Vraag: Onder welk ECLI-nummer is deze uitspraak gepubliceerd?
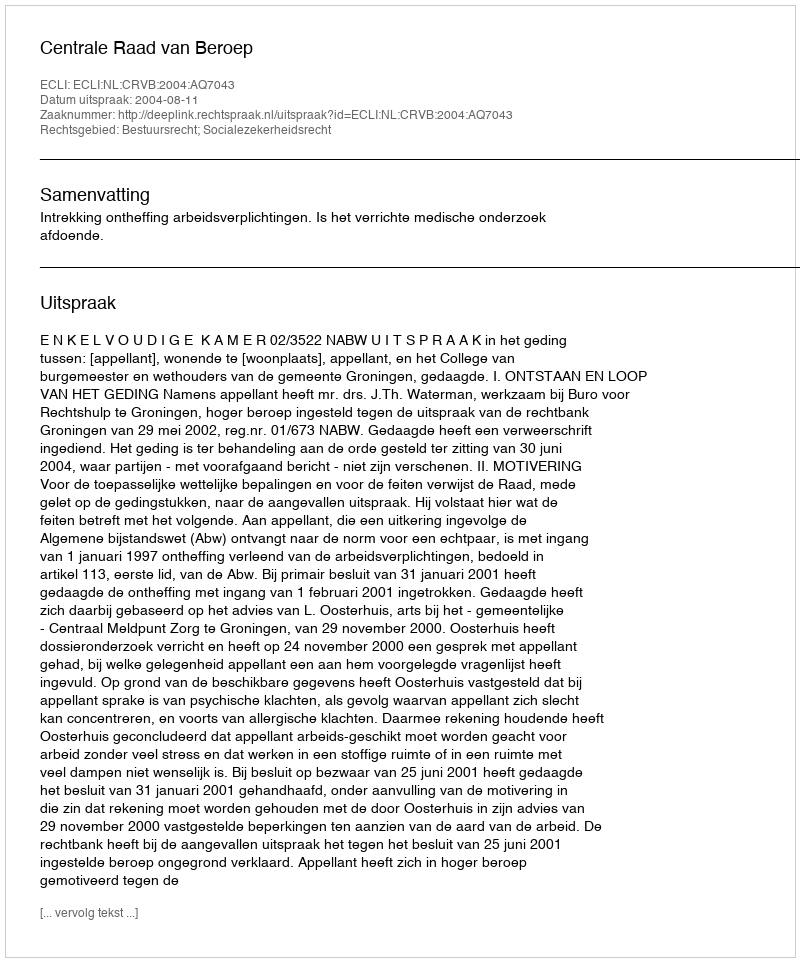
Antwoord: ECLI:NL:CRVB:2004:AQ7043